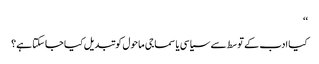
‘‘
کیا ادب کے توسط سے سیاسی یا سماجی ماحول کو تبدیل کیا جاسکتا ہے؟